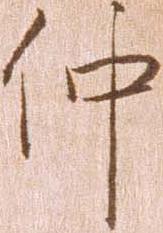
仲